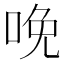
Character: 𠲶